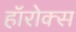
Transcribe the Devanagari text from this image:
हॉरोक्स